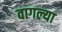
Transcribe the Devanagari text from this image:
वागल्या